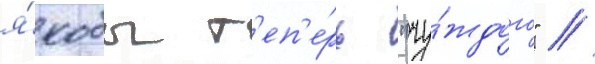
я́кобы т'еп'е́рь "чу́ждого" //